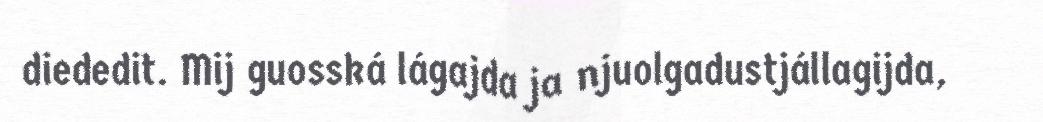
diededit. Mij guosská lágajda ja njuolgadustjállagijda,